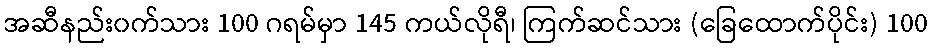
အဆီနည်း၀က်သား 100 ဂရမ်မှာ 145 ကယ်လိုရီ၊ ကြက်ဆင်သား (ခြေထောက်ပိုင်း) 100